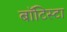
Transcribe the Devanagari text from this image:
बाॅटिस्टा